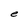
Character: e